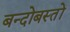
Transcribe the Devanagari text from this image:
बन्दोबस्तों